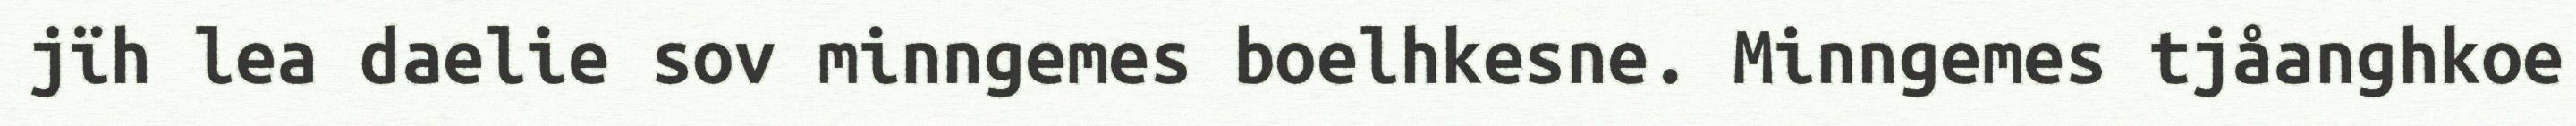
jïh lea daelie sov minngemes boelhkesne. Minngemes tjåanghkoe